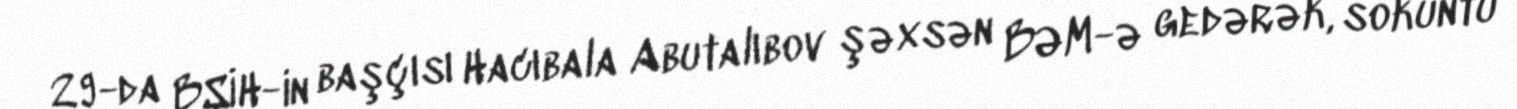
29-da BŞİH-in başçısı Hacıbala Abutalıbov şəxsən BƏM-ə gedərək, söküntü